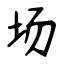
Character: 场